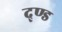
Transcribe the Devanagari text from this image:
द्ण्ड